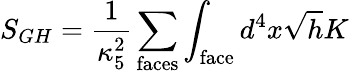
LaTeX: S_{GH}=\frac{1}{\kappa_{5}^{2}}\sum_{\mathrm{faces}}\int_{\mathrm{face}}d^{4}x\sqrt{h}K